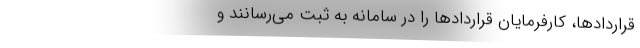
قراردادها، کارفرمایان قرارداد‌ها را در سامانه به ثبت می‌رسانند و